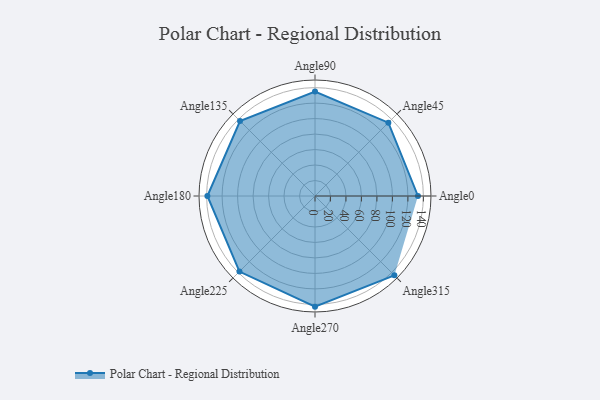
{"axis": {"x": "Angle", "y": "Radius"}, "legend": [""], "data": [{"x": "Angle0", "y": 133.0, "type": ""}, {"x": "Angle45", "y": 134.0, "type": ""}, {"x": "Angle90", "y": 135.0, "type": ""}, {"x": "Angle135", "y": 137.0, "type": ""}, {"x": "Angle180", "y": 139.0, "type": ""}, {"x": "Angle225", "y": 138.0, "type": ""}, {"x": "Angle270", "y": 143.0, "type": ""}, {"x": "Angle315", "y": 145.0, "type": ""}]}